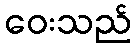
ဝေးသည်